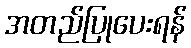
အတည်ပြုပေးရန်